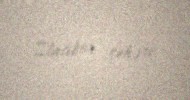
Zlatibor şəhəri.